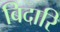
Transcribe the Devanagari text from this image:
बिदारि